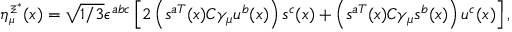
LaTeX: \eta _ { \scriptscriptstyle \mu } ^ { \scriptscriptstyle { \Xi ^ { * } } } ( x ) = \sqrt { 1 / 3 } \epsilon ^ { a b c } \left[ 2 \left( s ^ { a T } ( x ) C \gamma _ { \mu } u ^ { b } ( x ) \right) s ^ { c } ( x ) + \left( s ^ { a T } ( x ) C \gamma _ { \mu } s ^ { b } ( x ) \right) u ^ { c } ( x ) \right] ,